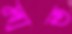
মাত